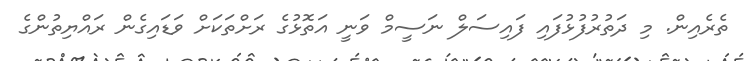
ތެރެއިން. މި ދަތުރުފުޅުފައި ފައިސަލް ނަސީމް ވަނީ އަތޮޅުގެ ރަށްތަކަށް ވަޑައިގެން ރައްޔިތުންގެ